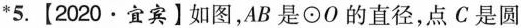
*5.【2020·宜宾】如图，AB是⊙O的直径，点C是圆